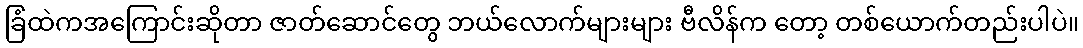
ခြံထဲကအကြောင်းဆိုတာ ဇာတ်ဆောင်တွေ ဘယ်လောက်များများ ဗီလိန်က တော့ တစ်ယောက်တည်းပါပဲ။